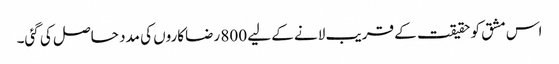
اس مشق کو حقیقت کے قریب لانے کے لیے 800 رضاکاروں کی مدد حاصل کی گئی۔